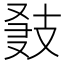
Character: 𢻍